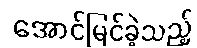
အောင်မြင်ခဲ့သည့်